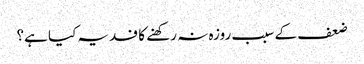
ضعف کے سبب روزہ نہ رکھنے کا فدیہ کیا ہے؟